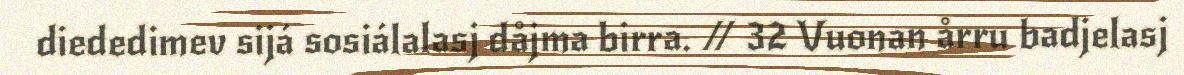
diededimev sijá sosiálalasj dåjma birra. // 32 Vuonan årru badjelasj